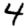
Digit: 4